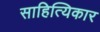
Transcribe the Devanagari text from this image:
साहित्यिकार